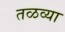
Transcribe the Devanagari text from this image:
तळव्या